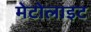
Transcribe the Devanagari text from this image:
मेटोलाइट